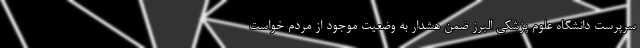
سرپرست دانشگاه علوم پزشکی البرز ضمن هشدار به وضعیت موجود از مردم خواست